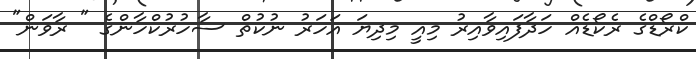
ކްރޯޑްގެ ރެކޯޑެއް ހަދާފައިވާއިރު މިއީ މިދިޔަ އަހަރު ނުކުތް ސާހުރުކްހާންގެ " ރާވަން"